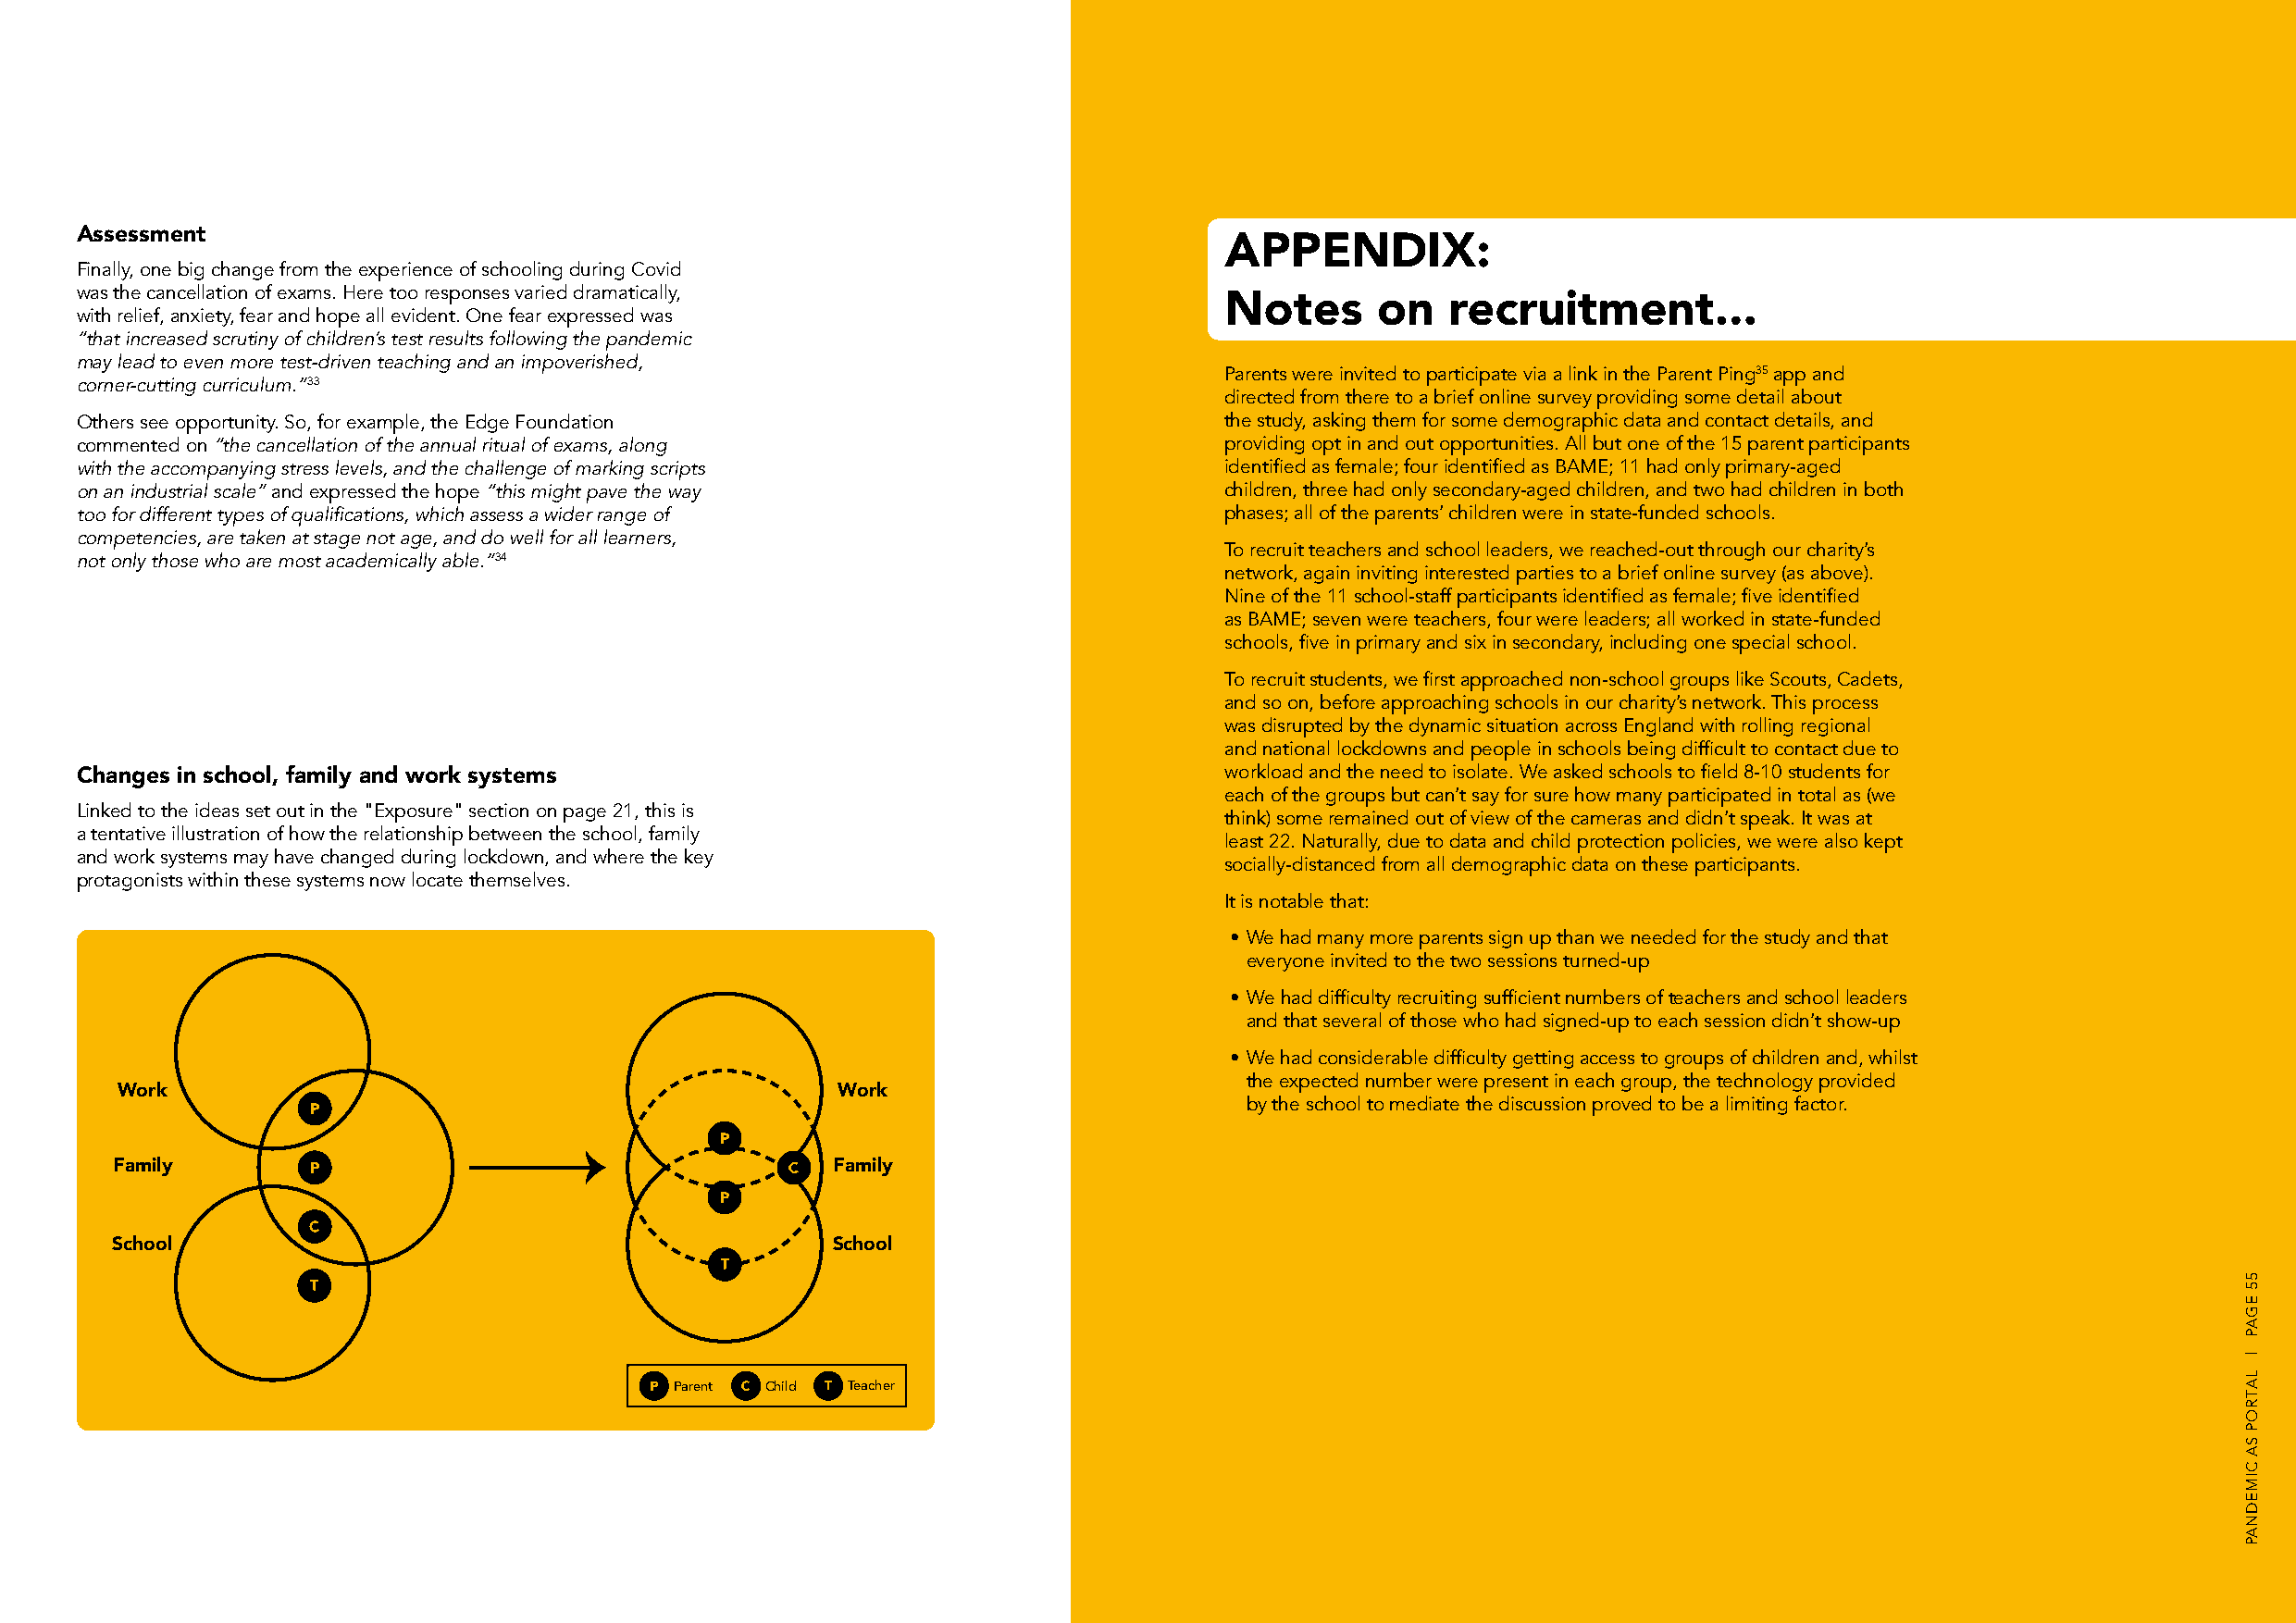
Assessment
 APPENDIX:
 Finally, one big change from the experience of schooling during Covid
 was the cancellation of exams. Here too responses varied dramatically,
 Notes     on    recruitment...
 with relief, anxiety, fear and hope all evident. One fear expressed was
 “that increased scrutiny of children’s test results following the pandemic
 may lead to even more test-driven teaching and an impoverished,
 Parents were invited to participate via a link in the Parent Ping35 app and
 corner-cutting curriculum.”33
 directed from there to a brief online survey providing some detail about
 Others see opportunity. So, for example, the Edge Foundation                       the study, asking them for some demographic data and contact details, and
 commented on “the cancellation of the annual ritual of exams, along                providing opt in and out opportunities. All but one of the 15 parent participants
 with the accompanying stress levels, and the challenge of marking scripts          identified as female; four identified as BAME; 11 had only primary-aged
 on an industrial scale” and expressed the hope “this might pave the way            children, three had only secondary-aged children, and two had children in both
 too for different types of qualifications, which assess a wider range of           phases; all of the parents’ children were in state-funded schools.
 competencies, are taken at stage not age, and do well for all learners,
 To recruit teachers and school leaders, we reached-out through our charity’s
 not only those who are most academically able.”34
 network, again inviting interested parties to a brief online survey (as above).
 Nine of the 11 school-staff participants identified as female; five identified
 as BAME; seven were teachers, four were leaders; all worked in state-funded
 schools, five in primary and six in secondary, including one special school.
 To recruit students, we first approached non-school groups like Scouts, Cadets,
 and so on, before approaching schools in our charity’s network. This process
 was disrupted by the dynamic situation across England with rolling regional
 and national lockdowns and people in schools being difficult to contact due to
 workload and the need to isolate. We asked schools to field 8-10 students for
 Changes in school, family and work systems
 each of the groups but can’t say for sure how many participated in total as (we
 Linked to the ideas set out in the "Exposure" section on page 21, this is
 think) some remained out of view of the cameras and didn’t speak. It was at
 a tentative illustration of how the relationship between the school, family
 least 22. Naturally, due to data and child protection policies, we were also kept
 and work systems may have changed during lockdown, and where the key
 socially-distanced from all demographic data on these participants.
 protagonists within these systems now locate themselves.
 It is notable that:
 • We had many more parents sign up than we needed for the study and that
 everyone invited to the two sessions turned-up
 • We had difficulty recruiting sufficient numbers of teachers and school leaders
 and that several of those who had signed-up to each session didn’t show-up
 • We had considerable difficulty getting access to groups of children and, whilst
 the expected number were present in each group, the technology provided
 Work                                                Work
 by the school to mediate the discussion proved to be a limiting factor.
 Family                                              Family
 School                                              School
 Parent Child Teacher
 55
 EGAP
 |
 LATROP
 SA
 CIMEDNAP